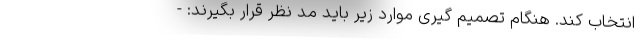
انتخاب کند. هنگام تصمیم گیری موارد زیر باید مد نظر قرار بگیرند: -